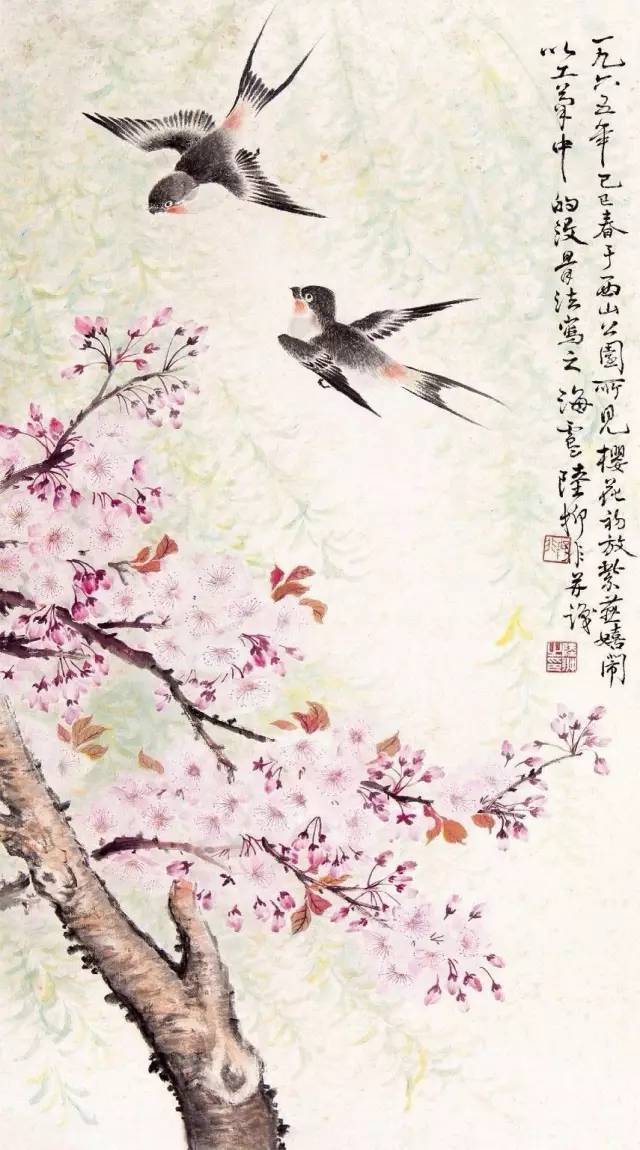
更满眼残红吹尽，叶底黄鹂自语。